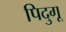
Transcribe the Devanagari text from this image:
पिदुगू